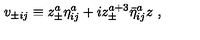
v _ { \pm i j } \equiv z _ { \pm } ^ { a } { \eta } _ { i j } ^ { a } + i z _ { \pm } ^ { a + 3 } { \bar { \eta } } _ { i j } ^ { a } z \ ,